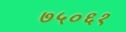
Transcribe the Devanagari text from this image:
७५०६१